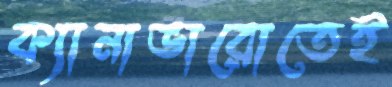
ক্যানাভারোতেই